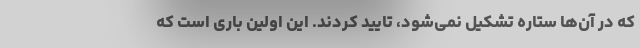
که در آن‌ها ستاره تشکیل نمی‌شود، تایید کردند. این اولین باری است که